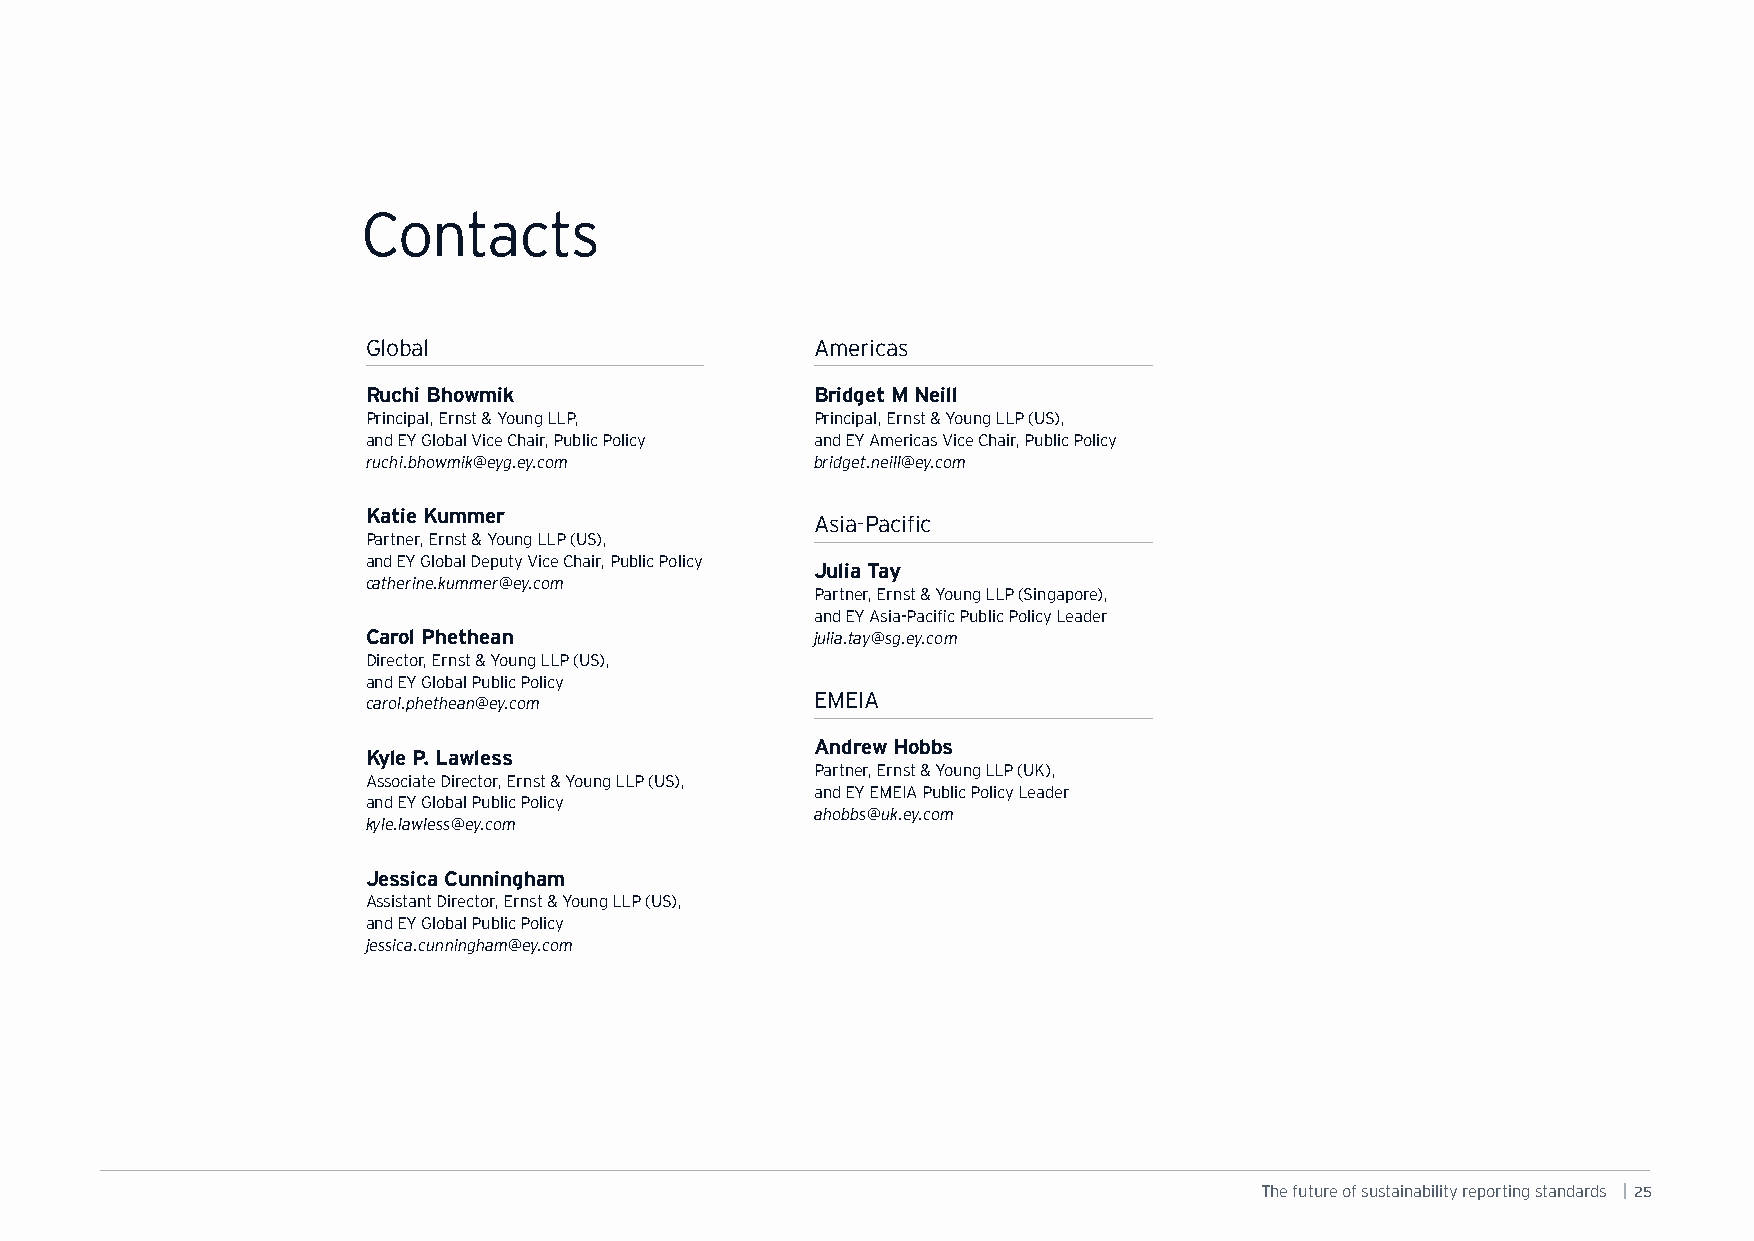
Contacts
 Global                        Americas
 Ruchi Bhowmik                 Bridget M Neill
 Principal, Ernst & Young LLP, Principal, Ernst & Young LLP (US),
 and EY Global Vice Chair, Public Policy and EY Americas Vice Chair, Public Policy
 ruchi.bhowmik@eyg.ey.com      bridget.neill@ey.com
 Katie Kummer
 Asia-Pacific
 Partner, Ernst & Young LLP (US),
 and EY Global Deputy Vice Chair, Public Policy
 Julia Tay
 catherine.kummer@ey.com
 Partner, Ernst & Young LLP (Singapore),
 and EY Asia-Pacific Public Policy Leader
 Carol Phethean                julia.tay@sg.ey.com
 Director, Ernst & Young LLP (US),
 and EY Global Public Policy
 carol.phethean@ey.com         EMEIA
 Andrew Hobbs
 Kyle P. Lawless
 Partner, Ernst & Young LLP (UK),
 Associate Director, Ernst & Young LLP (US),
 and EY EMEIA Public Policy Leader
 and EY Global Public Policy
 ahobbs@uk.ey.com
 kyle.lawless@ey.com
 Jessica Cunningham
 Assistant Director, Ernst & Young LLP (US),
 and EY Global Public Policy
 jessica.cunningham@ey.com
 The future of sustainability reporting standards | 25